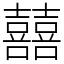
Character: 囍